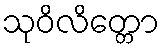
သုဝိလိတ္တော